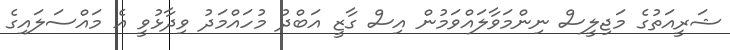
ޝަރީއަތުގެ މަޖިލީސް ނިންމަވާލައްވަމުން އިސް ގާޒީ އަބްދު މުހައްމަދު ވިދާޅުވީ އެ މައްސަލައިގެ